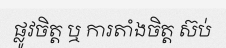
ផ្លូវចិត្ត ឬ ការតាំងចិត្ត ស៊ប់